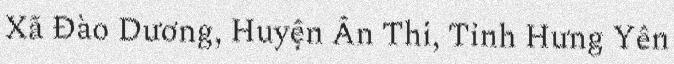
Xã Đào Dương, Huyện Ân Thi, Tỉnh Hưng Yên